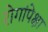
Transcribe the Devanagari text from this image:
रोगांपेक्षा